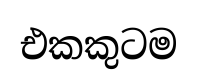
එකකුටම